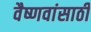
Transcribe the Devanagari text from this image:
वैष्णवांसाठी